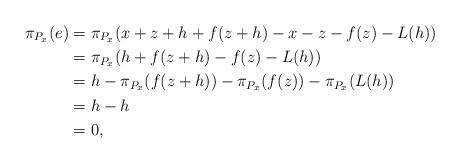
LaTeX: \begin{align*} \pi_{P_x}(e)&= \pi_{P_x}(x+z+h+f(z+h)-x-z-f(z)-L(h))\\ &=\pi_{P_x}(h+f(z+h)-f(z)-L(h))\\ &=h-\pi_{P_x}(f(z+h))-\pi_{P_x}(f(z)) - \pi_{P_x}(L(h))\\ &=h-h\\ &=0, \end{align*}